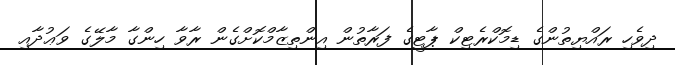
ދިވެހި ރައްޔިތުންގެ ޑިމޮކްރެޓިކް ޕާޓީގެ ފަރާތުން އިންތިޒާމްކޮށްގެން ރާވާ ހިންގާ މާލޭގެ ވަޢުދާއި